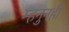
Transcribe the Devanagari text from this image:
म्हनुनही